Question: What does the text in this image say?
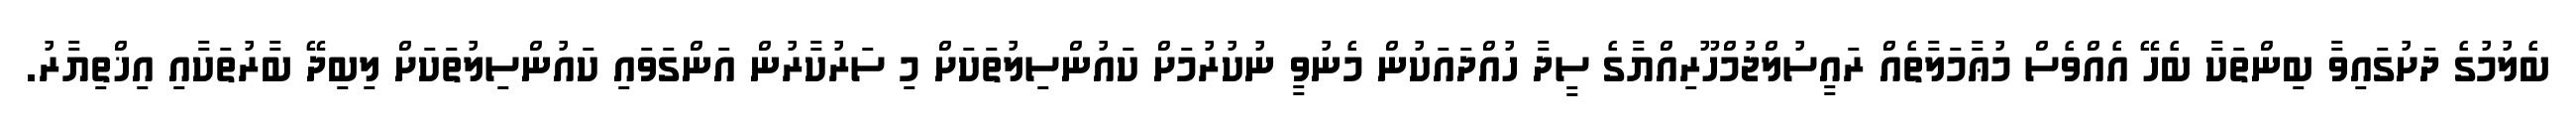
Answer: ބެލުމުގެ ދަށުގައިވާ ބިންތަކާ ބެހޭ އެއްވެސް މުޢާމަލާތެއް ރައީސުލްޖުމްހޫރިއްޔާގެ ސީދާ ހުއްދައަކުން މެނުވީ ނުކުރުމަށް ކައުންސިލުތަކަށް މި ސަރުކާރުން އަންގަވައި ކައުންސިލުތަކަށް ލިބިދޭ ބާރުތަކާއި އިޚްތިޔާރު.